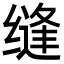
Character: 缝